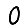
Digit: 0